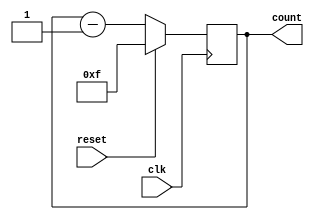
module name(clk,reset,count);
 input clk,reset;
 output reg [3:0]count;

 always @(negedge clk)
 begin 
    if(reset==1'b1)
    begin 
        count<=4'b1111;
    end
    else
    begin
        count<=count-1;
    end
 end
endmodule